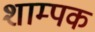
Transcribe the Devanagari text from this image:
शाम्पक